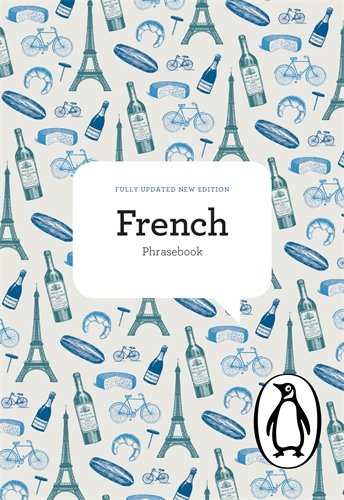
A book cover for The Penguin French Phrasebook: Fourth Edition (Phrase Book, Penguin); Jill Norman; Travel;